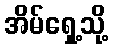
အိမ်ရှေ့သို့